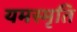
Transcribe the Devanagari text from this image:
यमस्मृति